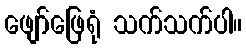
ဖျော်ဖြေရုံ သက်သက်ပါ။